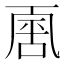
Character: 𠁈